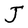
Character: J